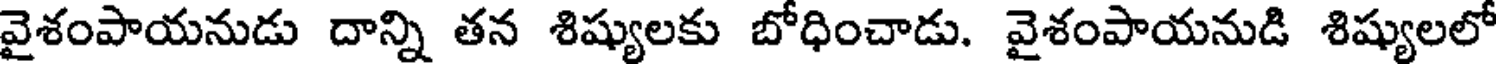
వైశంపాయనుడు దాన్ని తన శిష్యులకు బోధించాడు. వైశంపాయనుడి శిష్యులలో